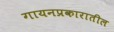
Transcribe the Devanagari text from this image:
गायनप्रकारातील